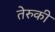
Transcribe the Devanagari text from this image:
तेरुकी